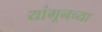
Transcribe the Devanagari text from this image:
यांगूनच्या